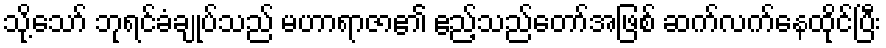
သို့သော် ဘုရင်ခံချုပ်သည် မဟာရာဇာ၏ ဧည့်သည်တော်အဖြစ် ဆက်လက်နေထိုင်ပြီး